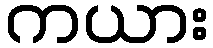
ကယား